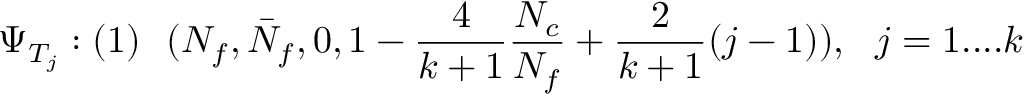
\Psi _ { T _ { j } } : ( 1 ) \ \ ( N _ { f } , \bar { N } _ { f } , 0 , 1 - \frac { 4 } { k + 1 } \frac { N _ { c } } { N _ { f } } + \frac { 2 } { k + 1 } ( j - 1 ) ) , \ \ j = 1 . . . . k